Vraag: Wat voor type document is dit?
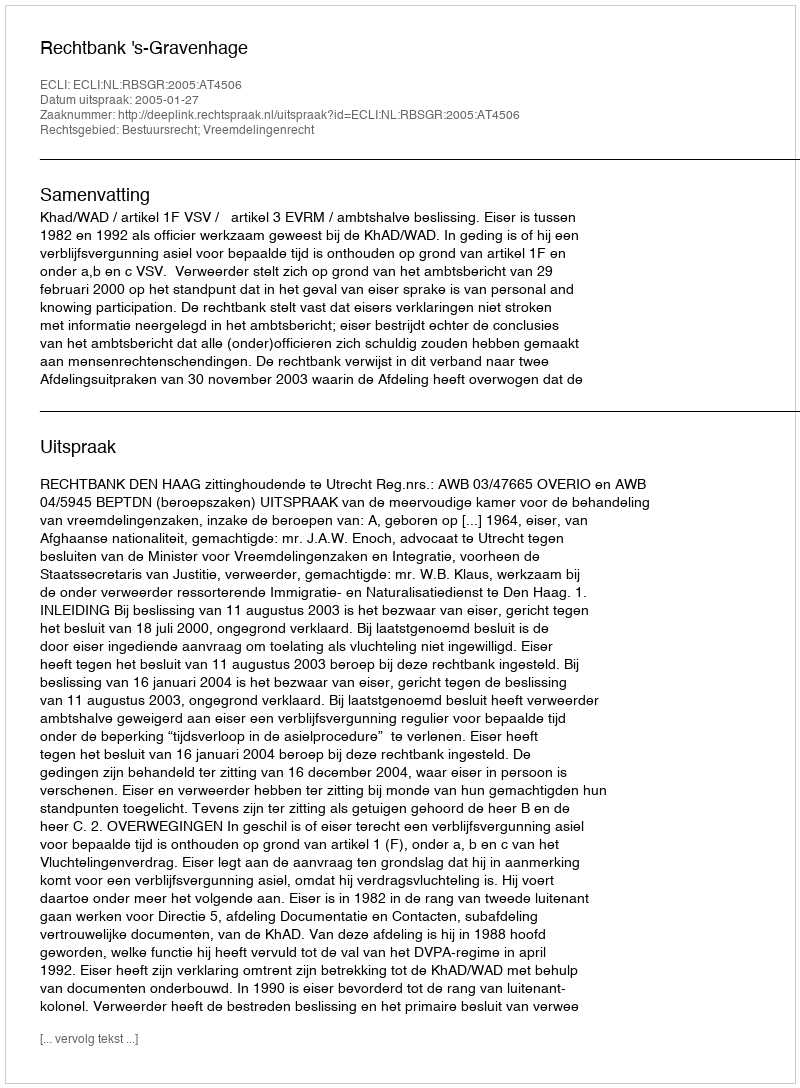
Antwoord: Uitspraak